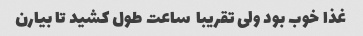
غذا خوب بود ولی تقریبا  ساعت طول کشید تا بیارن